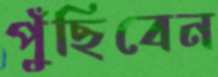
পুঁছিবেন